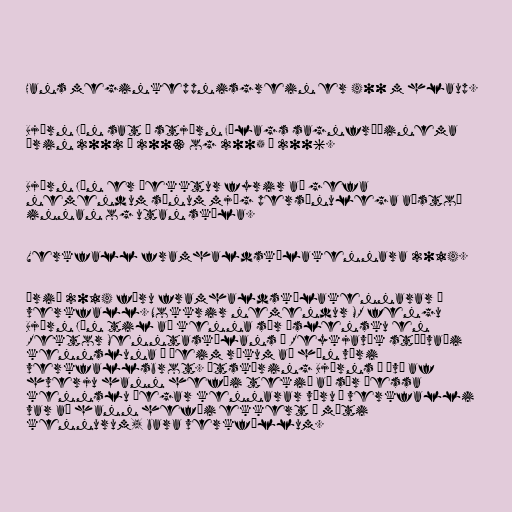
Hans meginkeppnisgrein er 400 m hlaup.

Björn Jón sat í stjórn Félags sagnfræðinema
árin 2002 – 2003 og 2005 – 2006.

Björn Jón er þekktur fyrir að gefa
nemendum sínum mjög persónulega aðstoð
innan og utan skóla.

Verkfall framhaldskólakennara 2014.

Árið 2014 fóru framhaldskólakennarar í
verkfall. Nokkrir nemendur MR fengu
Björn Jón til að kenna sér íslensku en
Rektor Menntaskólans í Reykjavík stöðvaði
kennsluna á þeim rökum að hún væri
verkfallsbrot. Útskýring Björns á því af
hverju hann hefði tekið að sér þessa
kennslu þegar kennarar væru í verkfalli
var að hann hefði ekkert á móti
kennurum, bara verkföllum.